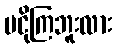
မငိုကြဘူးလား